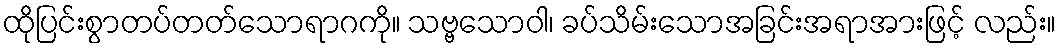
ထိုပြင်းစွာတပ်တတ်သောရာဂကို။ သဗ္ဗသောဝါ၊ ခပ်သိမ်းသောအခြင်းအရာအားဖြင့် လည်း။